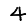
Digit: 4